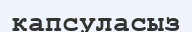
капсуласыз